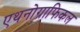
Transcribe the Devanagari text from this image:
एथनोग्राफिकल